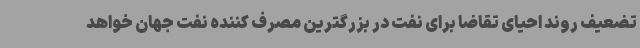
تضعیف روند احیای تقاضا برای نفت در بزرگترین مصرف کننده نفت جهان خواهد